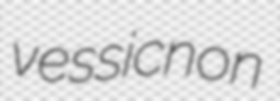
vessicnon